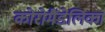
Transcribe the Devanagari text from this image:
कोरोमैंडेलिका